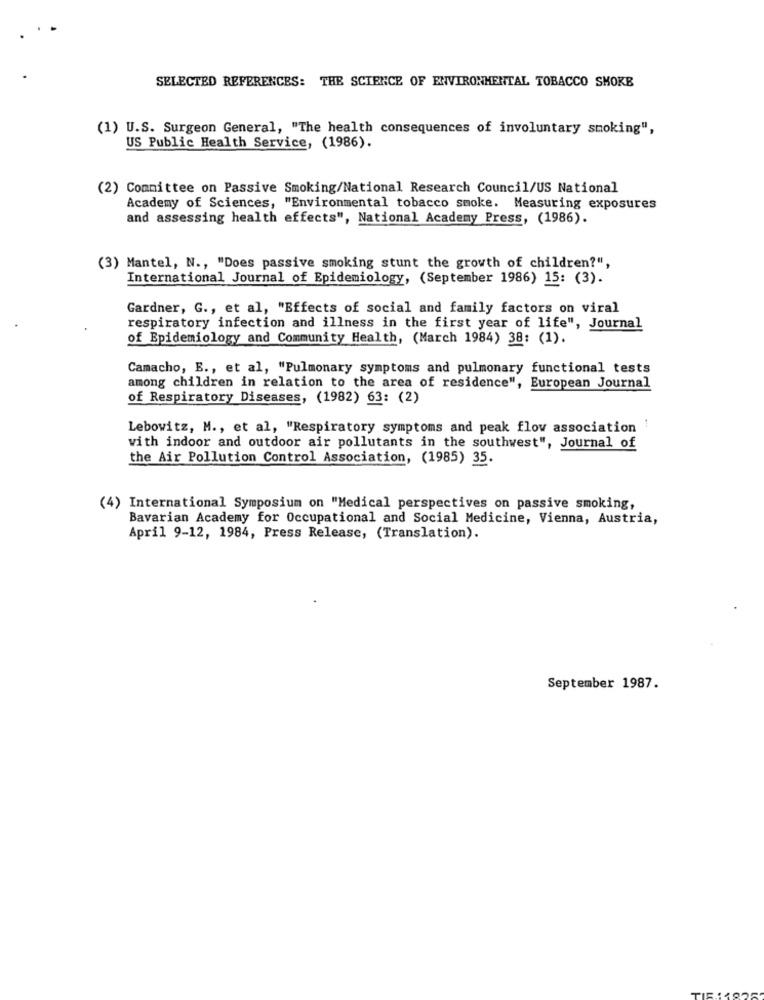
SELECTED REFERENCES: THE SCIENCE OF ENVIRONMENTAL TOBACCO SMOKE
(1) U.S. Surgeon General, "The health consequences of involuntary smoking",
US Public Health Service, (1986).
(2) Committee on Passive Smoking/National Research Council/US National
Academy of Sciences, "Environmental tobacco smoke. Measuring exposures
and assessing health effects", National Academy Press, (1986).
(3) Mantel, N ., "Does passive smoking stunt the growth of children?",
International Journal of Epidemiology, (September 1986) 15: (3).
Gardner, G ., et al, "Effects of social and family factors on viral
respiratory infection and illness in the first year of life", Journal
of Epidemiology and Community Health, (March 1984) 38: (1).
Camacho, E ., et al, "Pulmonary symptoms and pulmonary functional tests
among children in relation to the area of residence", European Journal
of Respiratory Diseases, (1982) 63: (2)
Lebowitz, M ., et al, "Respiratory symptoms and peak flow association
with indoor and outdoor air pollutants in the southwest", Journal of
the Air Pollution Control Association, (1985) 35.
(4) International Symposium on "Medical perspectives on passive smoking,
Bavarian Academy for Occupational and Social Medicine, Vienna, Austria,
April 9-12, 1984, Press Release, (Translation).
September 1987.